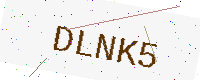
Text: DLNK5